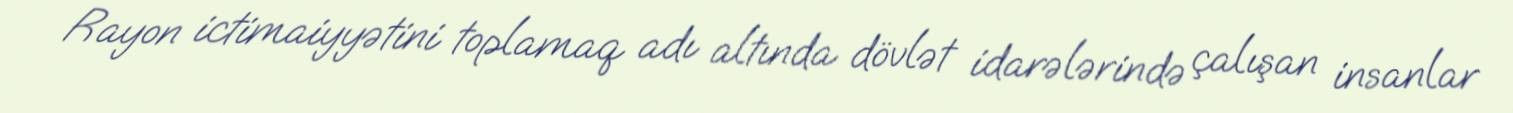
Rayon ictimaiyyətini toplamaq adı altında dövlət idarələrində çalışan insanlar